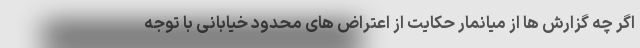
اگر چه گزارش ها از میانمار حکایت از اعتراض های محدود خیابانی با توجه